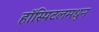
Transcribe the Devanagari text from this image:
हॉस्पिटलमधुन